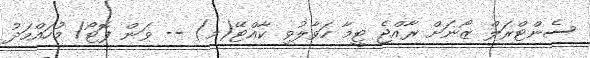
ސެންޓްރަލް ޒޯނަށް ރާއްޖެ ޓީމާ ހަވާލުވި ކާއްޓޭ(މ) -- ވަން ފޮޓޯ/ މުހައްމަދު